Jaan_Tonisson_(Lasteleht), lk 233
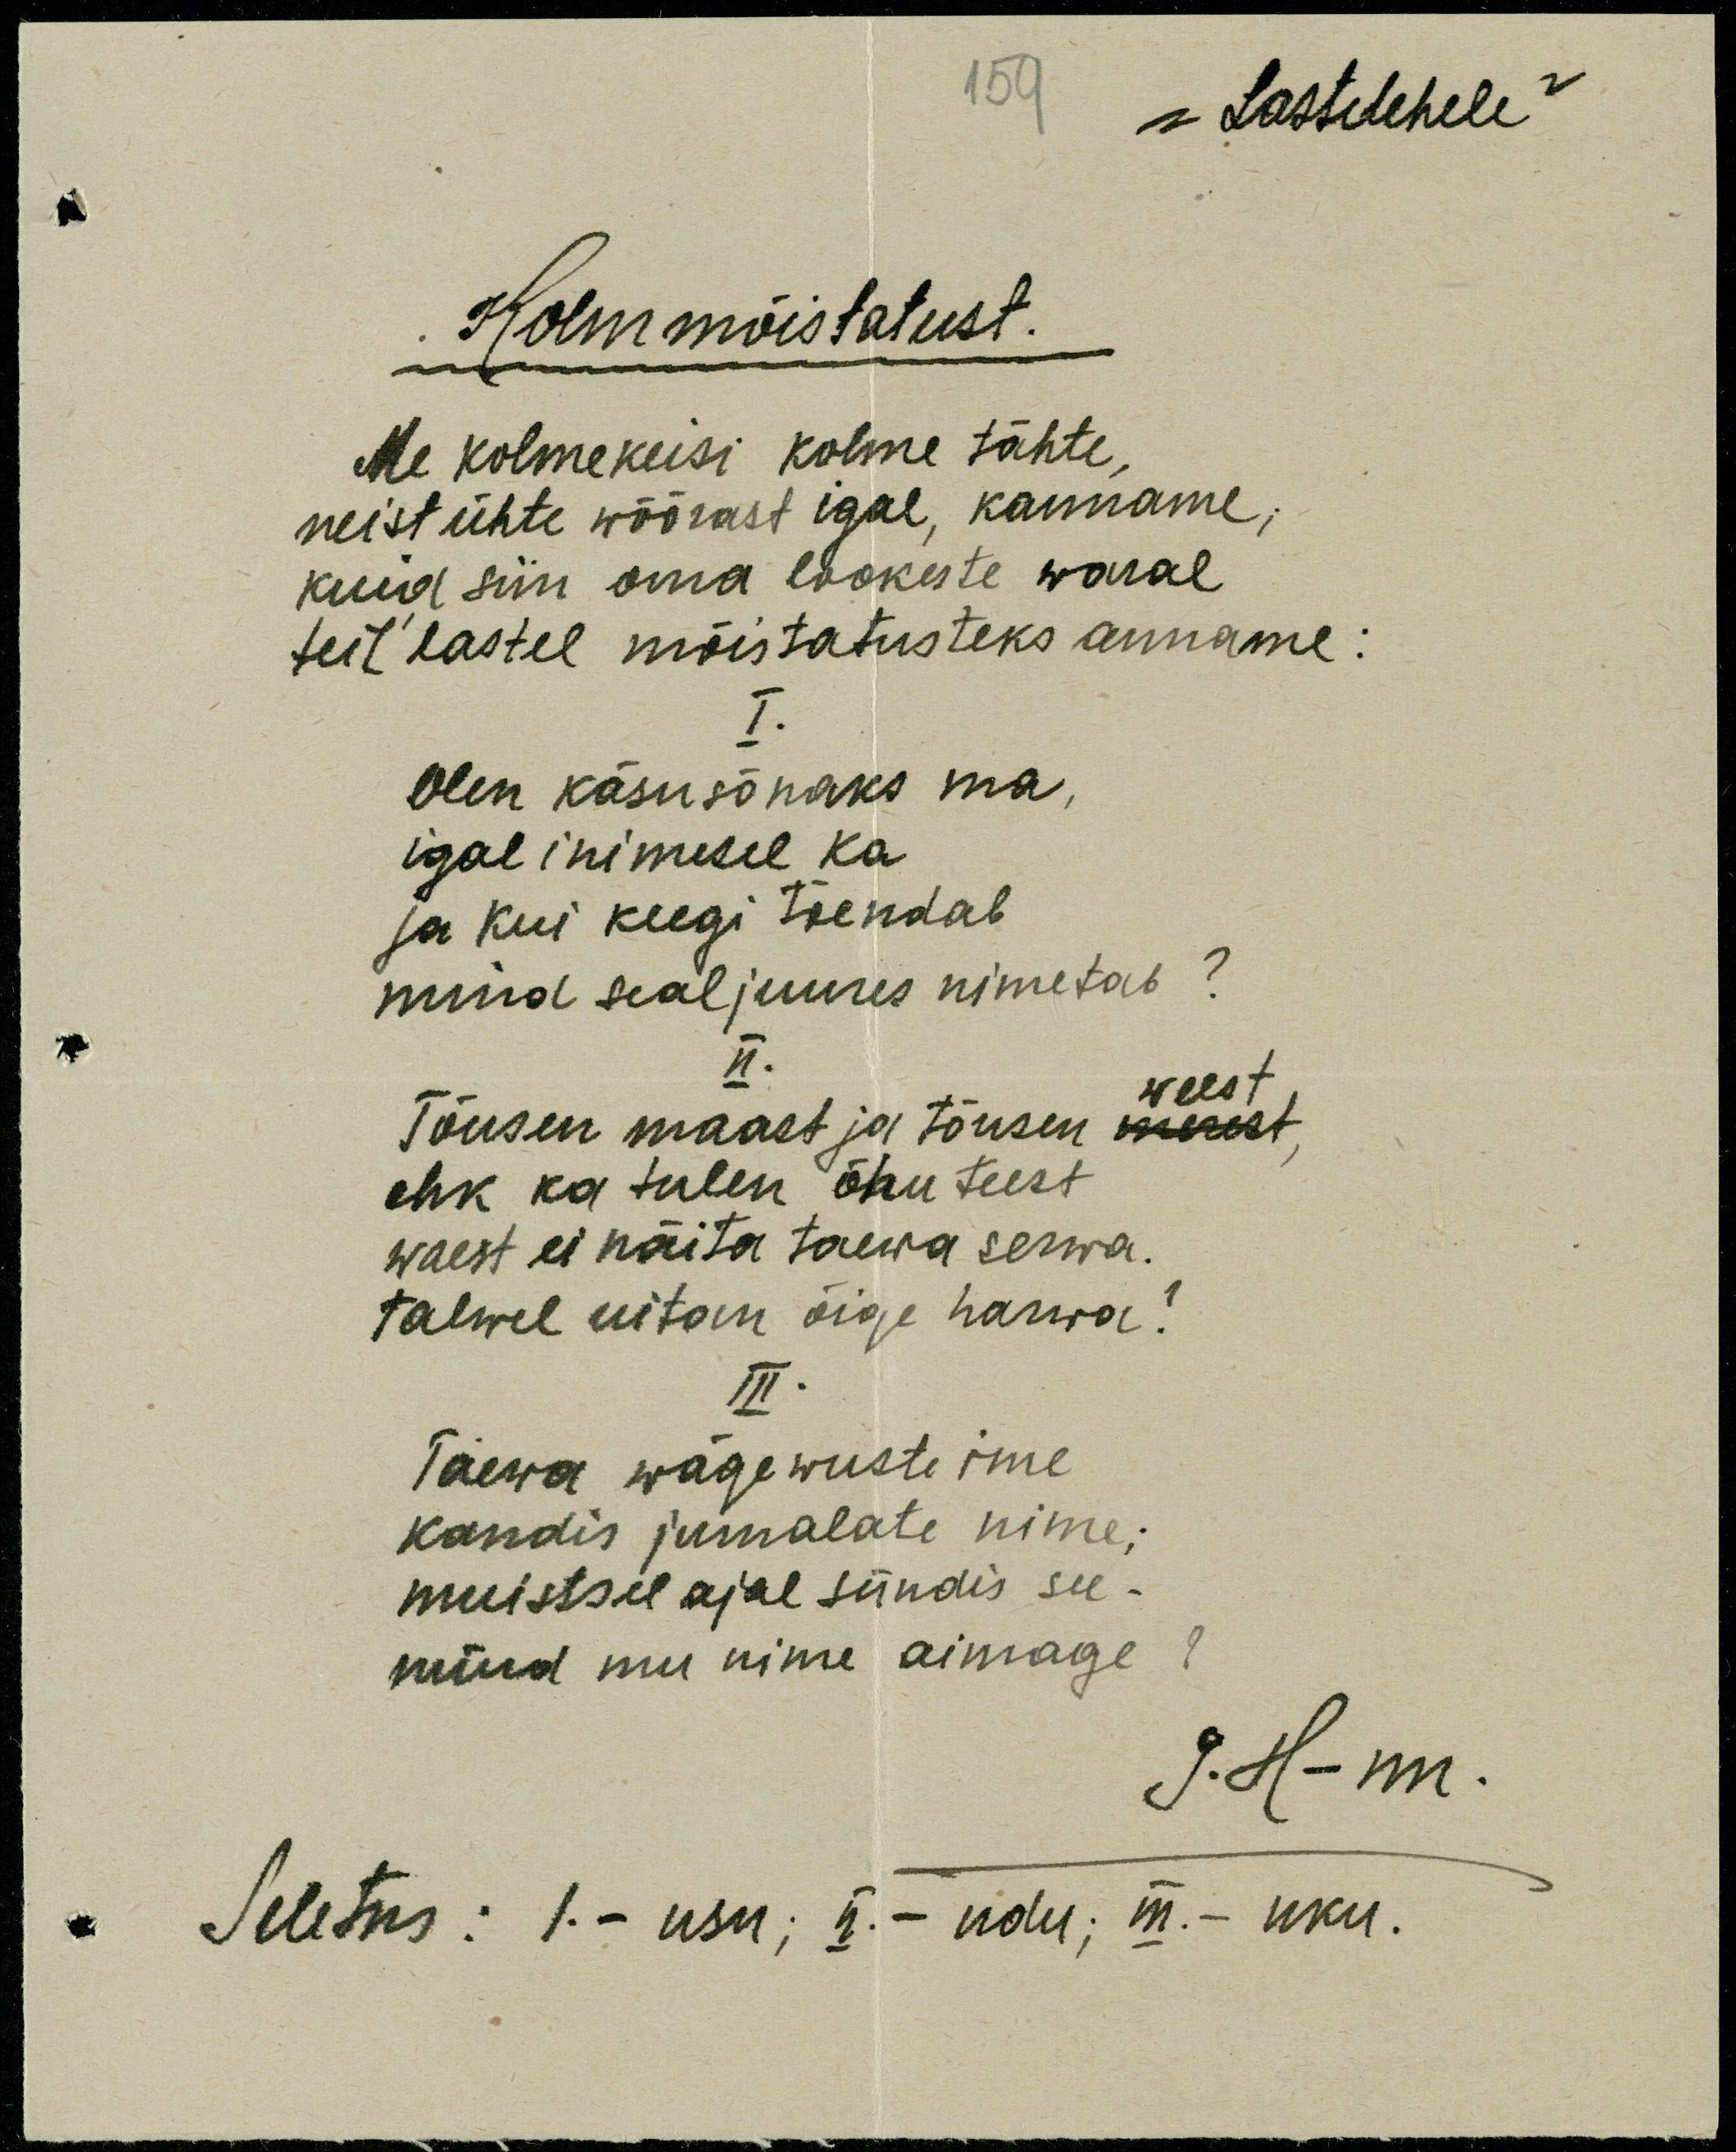
"Lastelehele"
Kolm mõistatust.
Me kolmekeisi kolme tähte,
neist ühte wõõrast igal, kanname,
kuid siin oma lookeste waral
teil' lastel mõistatusteks anname:
olen käsusõnaks ma,
igal inimesel ka
ja kui keegi tõendab
mind sealjuures nimetab?
Tõusen maast ja tõusen merest
ehk ka tulen õhu teest
waest ei näita taewa serwa.
talwel uitan õige harwa?
Taewa wägewuste ime
kandis jumalate nime;
muistsel ajal sündis see -
mind mu nime aimage?
Seletus: I.- usk; II.-nolu; III. - uku.